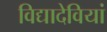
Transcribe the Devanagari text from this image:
विद्यादेवियां